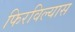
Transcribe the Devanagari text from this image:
फिरविल्यास